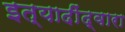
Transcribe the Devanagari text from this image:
इत्यादींद्वारा